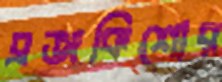
ব্রজকিশোর